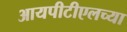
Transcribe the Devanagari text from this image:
आयपीटीएलच्या